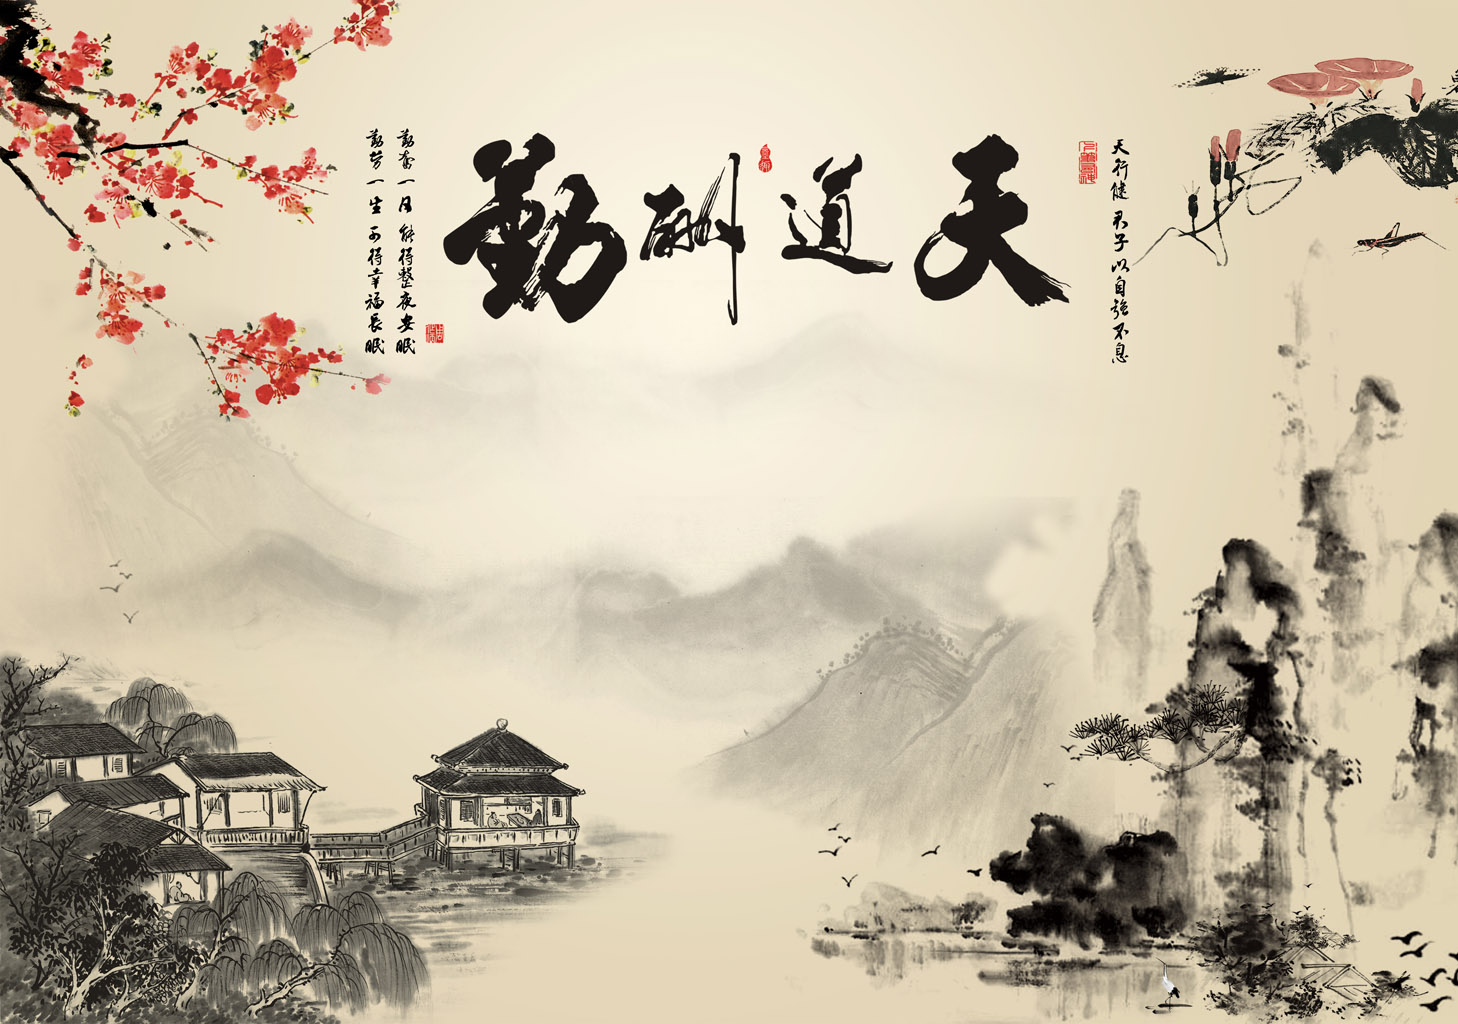
取酒须勤醉，乡关不可思。